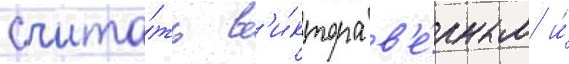
счита́ть в'и́ктора в'е́рным и́